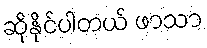
ဆိုနိုင်ပါတယ် ဖာသာ